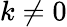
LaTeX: k\neq 0